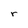
Character: r